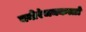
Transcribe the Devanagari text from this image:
मनोरंजनकर्त्ता